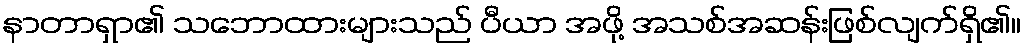
နာတာရှာ၏ သဘောထားများသည် ပီယာ အဖို့ အသစ်အဆန်းဖြစ်လျက်ရှိ၏။